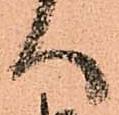
へ